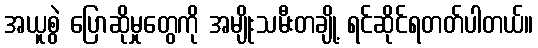
အယူစွဲ ပြောဆိုမှုတွေကို အမျိုးသမီးတချို့ ရင်ဆိုင်ရတတ်ပါတယ်။